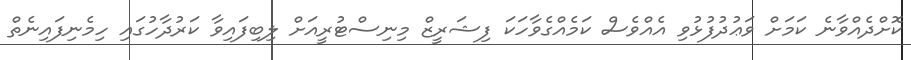
ކޮށްދެއްވާނެ ކަމަށް ވަޢުދުފުޅުވި އެއްވެސް ކަމެއްގެވާހަކަ ފިޝަރީޒް މިނިސްޓުރީއަށް ލިބިފައިވާ ކަރުދާހުގައި ހިމެނިފައިނެތް